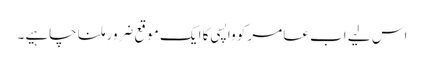
اس لیے اب عامر کو واپسی کا ایک موقع ضرور ملنا چاہیے۔